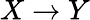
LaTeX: X\to Y